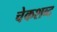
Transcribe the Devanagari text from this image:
चेकशब्द